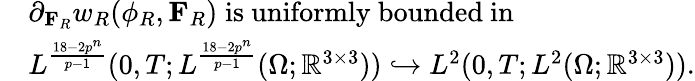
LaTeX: \begin{array}{rl}&{\partial_{\mathbf{F}_{R}}w_{R}(\phi_{R},\mathbf{F}_{R})\; \mathrm{is~uniformly~bounded~in}\; }\\ &{L^{\frac{18-2p^{n}}{p-1}}(0,T;L^{\frac{18-2p^{n}}{p-1}}(\Omega;\mathbb{R}^{3\times 3}))\hookrightarrow L^{2}(0,T;L^{2}(\Omega;\mathbb{R}^{3\times 3})).}\end{array}